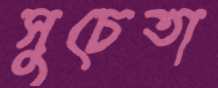
সুচেতা